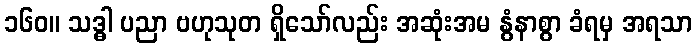
၁၆၀။ သဒ္ဓါ ပညာ ဗဟုသုတ ရှိသော်လည်း အဆုံးအမ နွံနာစွာ ခံရမှ အရသာ